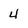
Character: 4